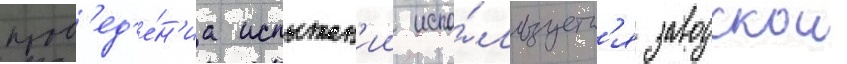
пров'ед'е́н'иа испытан'ии испо́льзуетс'я заводскои